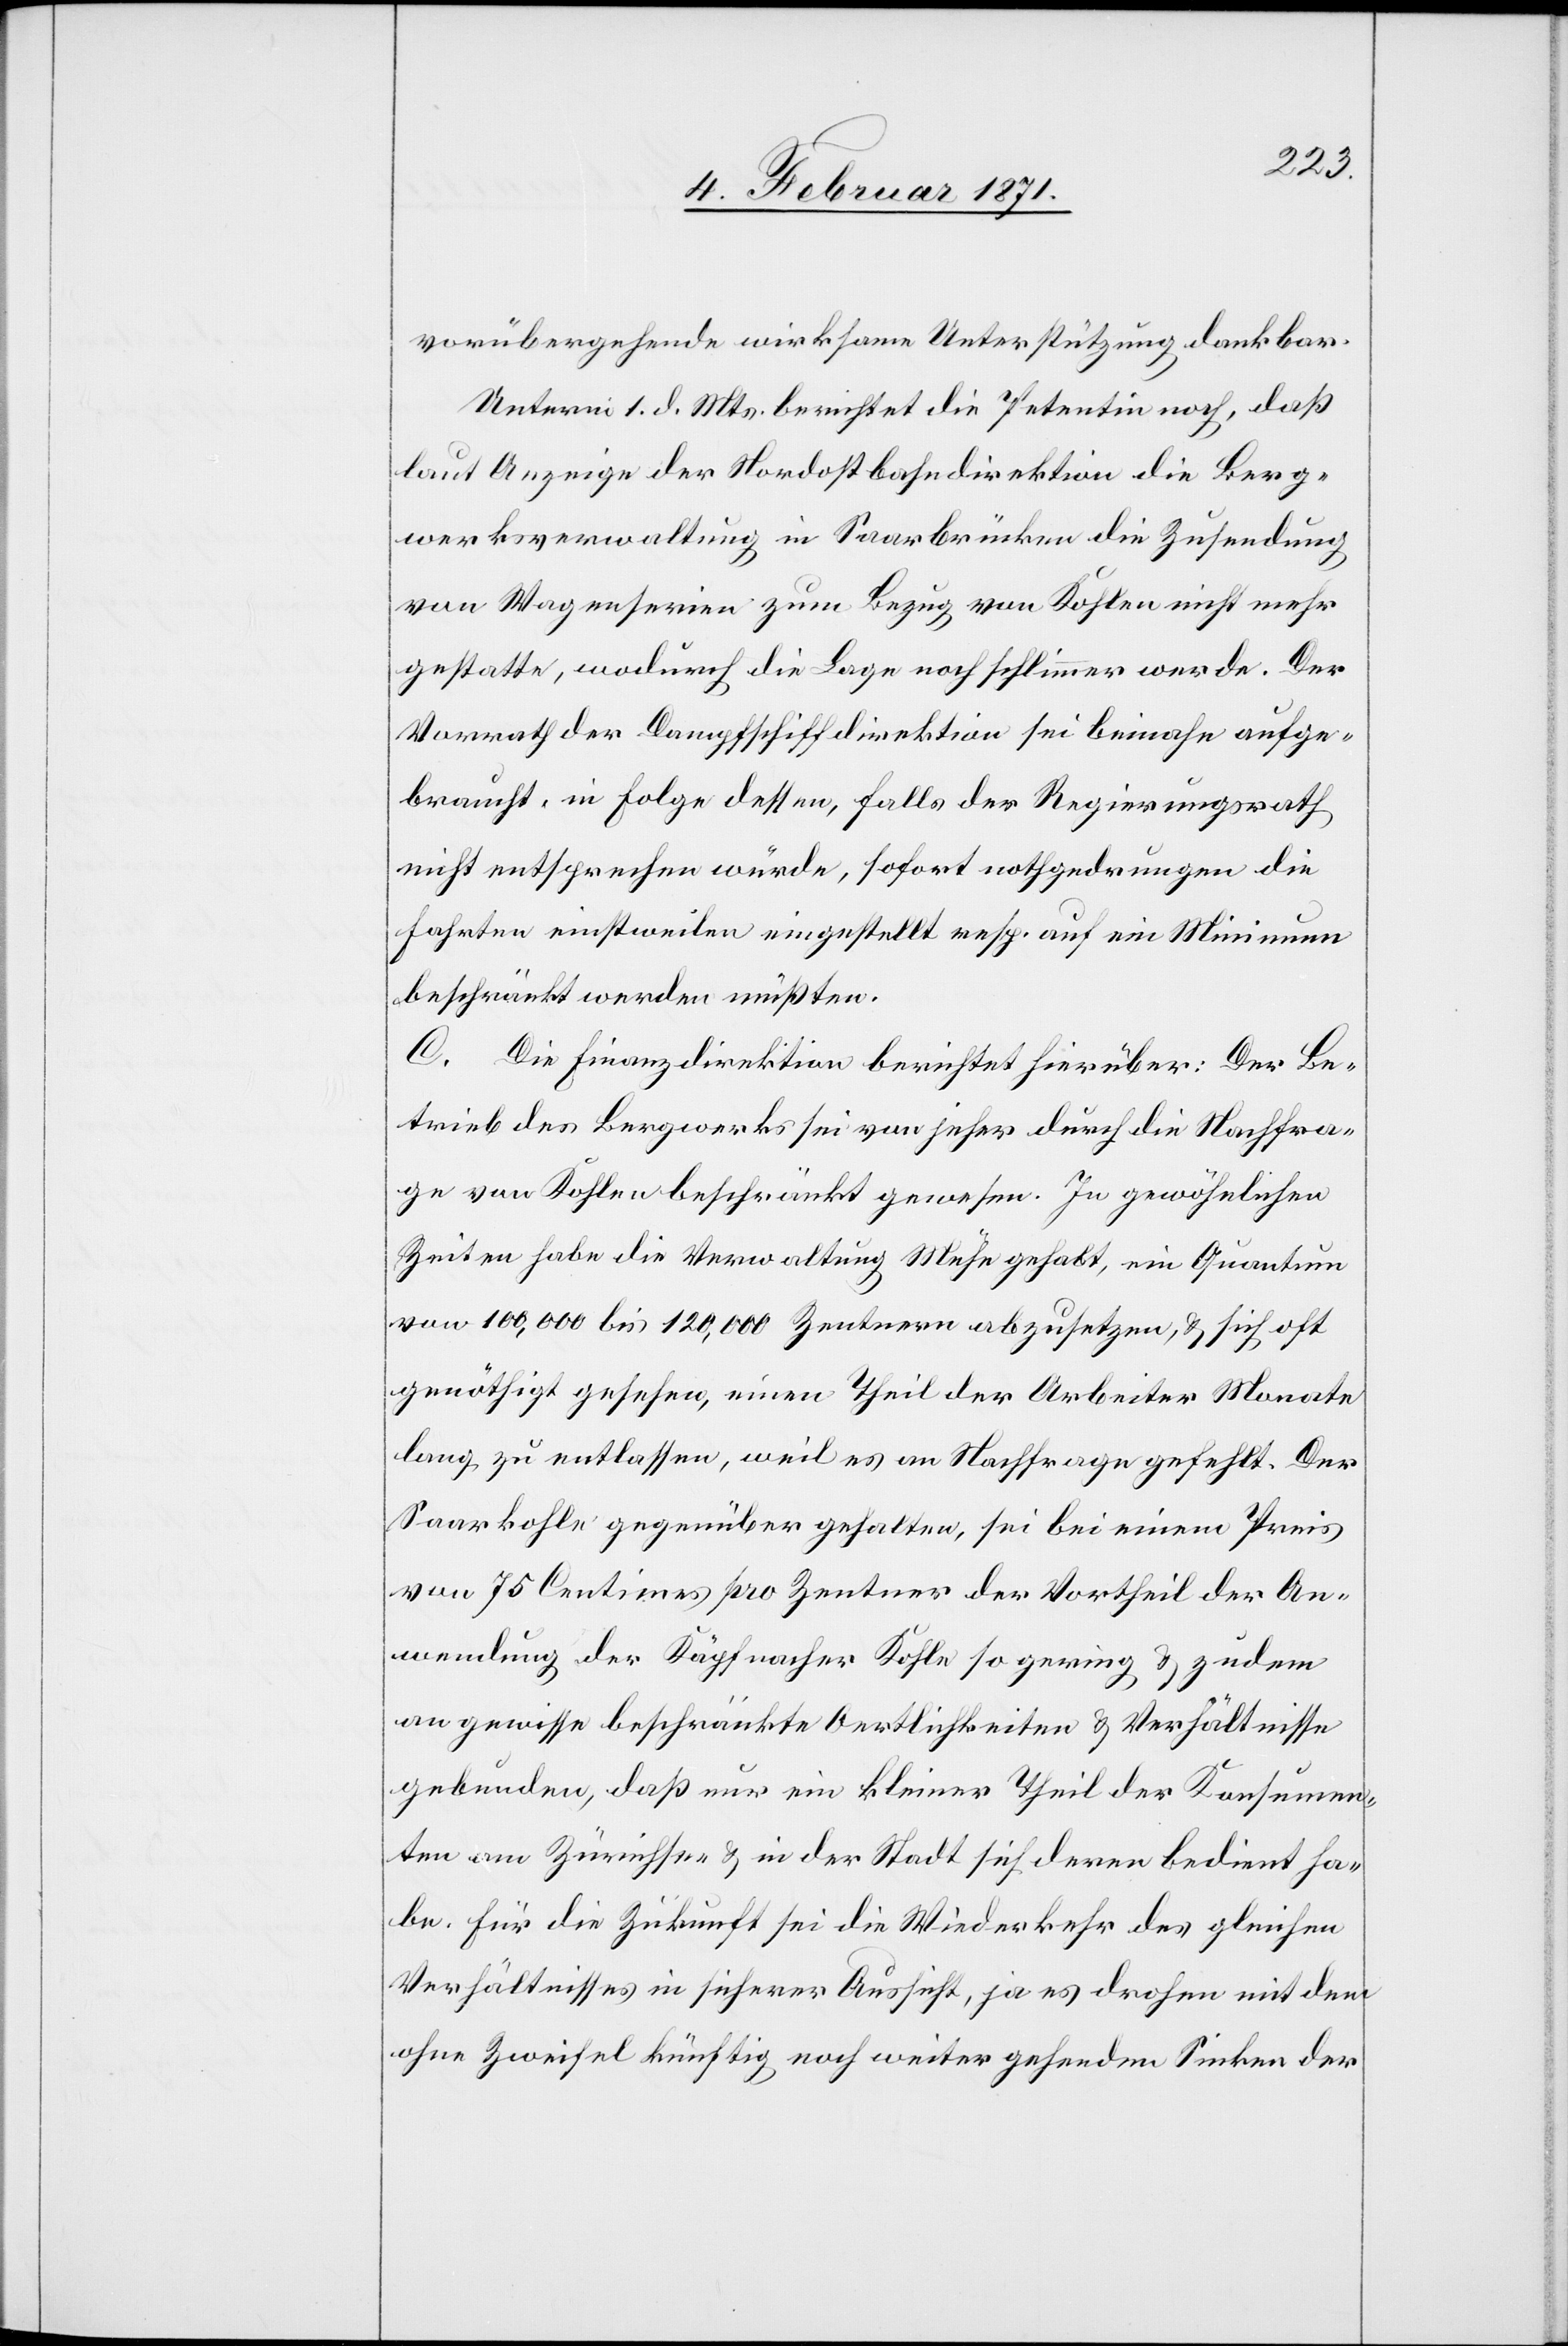
vorübergehende wirksame Unterstützung dankbar.
Unterm 1. d. Mts. berichtet die Petentin noch, daß
laut Anzeige der Nordostbahndirektion die Berg¬
werksverwaltung in Saarbrücken die Zusendung
von Wagenserien zum Bezug von Kohlen nicht mehr
gestatte, wodurch die Lage noch schlimmer werde. Der
Vorrath der Dampfschiffdirektion sei beinahe aufge¬
braucht, in Folge dessen, falls der Regierungsrath
nicht entsprechen würde, sofort nothgedrungen die
Fahrten einstweilen eingestellt resp. auf ein Minimum
beschränkt werden müßten.
C. Die Finanzdirektion berichtet hierüber: Der Be¬
trieb des Bergwerks sei von jeher durch die Nachfra¬
ge von Kohle beschränkt gewesen. In gewöhnlichen
Zeiten habe die Verwaltung Mühe gehabt, ein Quantum
von 100,000 bis 120,000 Zentnern abzusetzen, u. sich oft
genöthigt gesehen, einen Theil der Arbeiter Monate
lang zu entlassen, weil es an Nachfrage gefehlt. Der
Saarkohle gegenüber gehalten, sei bei einem Preis
von 75 Centimes pro Zentner der Vortheil der An¬
wendung der Käpfnacher Kohle so gering u. zudem
an gewisse beschränkte Oertlichkeiten u. Verhältnisse
gebunden, daß nur ein kleiner Theil der Konsumen¬
ten am Zürichsee- u. in der Stadt sich deren bedient ha¬
be. Für die Zukunft sei die Wiederkehr des gleichen
Verhältnisses in sicherer Aussicht, ja es drohen mit dem
ohne Zweifel künftig noch weiter gehenden Sinken der